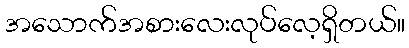
အသောက်အစားလေးလုပ်လေ့ရှိတယ်။